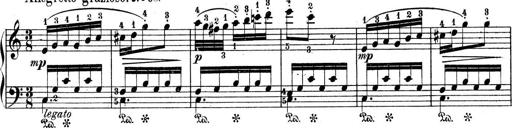
Title: 9 Sonatinen
Composer: Alexander Winterberger